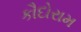
કૌદોરામ